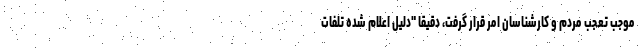
موجب تعجب مردم و کارشناسان امر قرار گرفت، دقیقا "دلیل اعلام شده تلفات